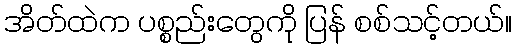
အိတ်ထဲက ပစ္စည်းတွေကို ပြန် စစ်သင့်တယ်။